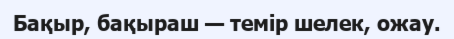
Бақыр, бақыраш — темір шелек, ожау.